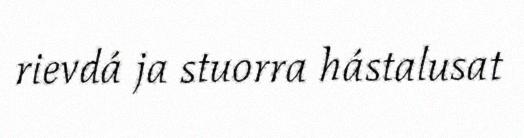
rievdá ja stuorra hástalusat